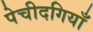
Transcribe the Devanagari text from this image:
पेचीदगियाँ